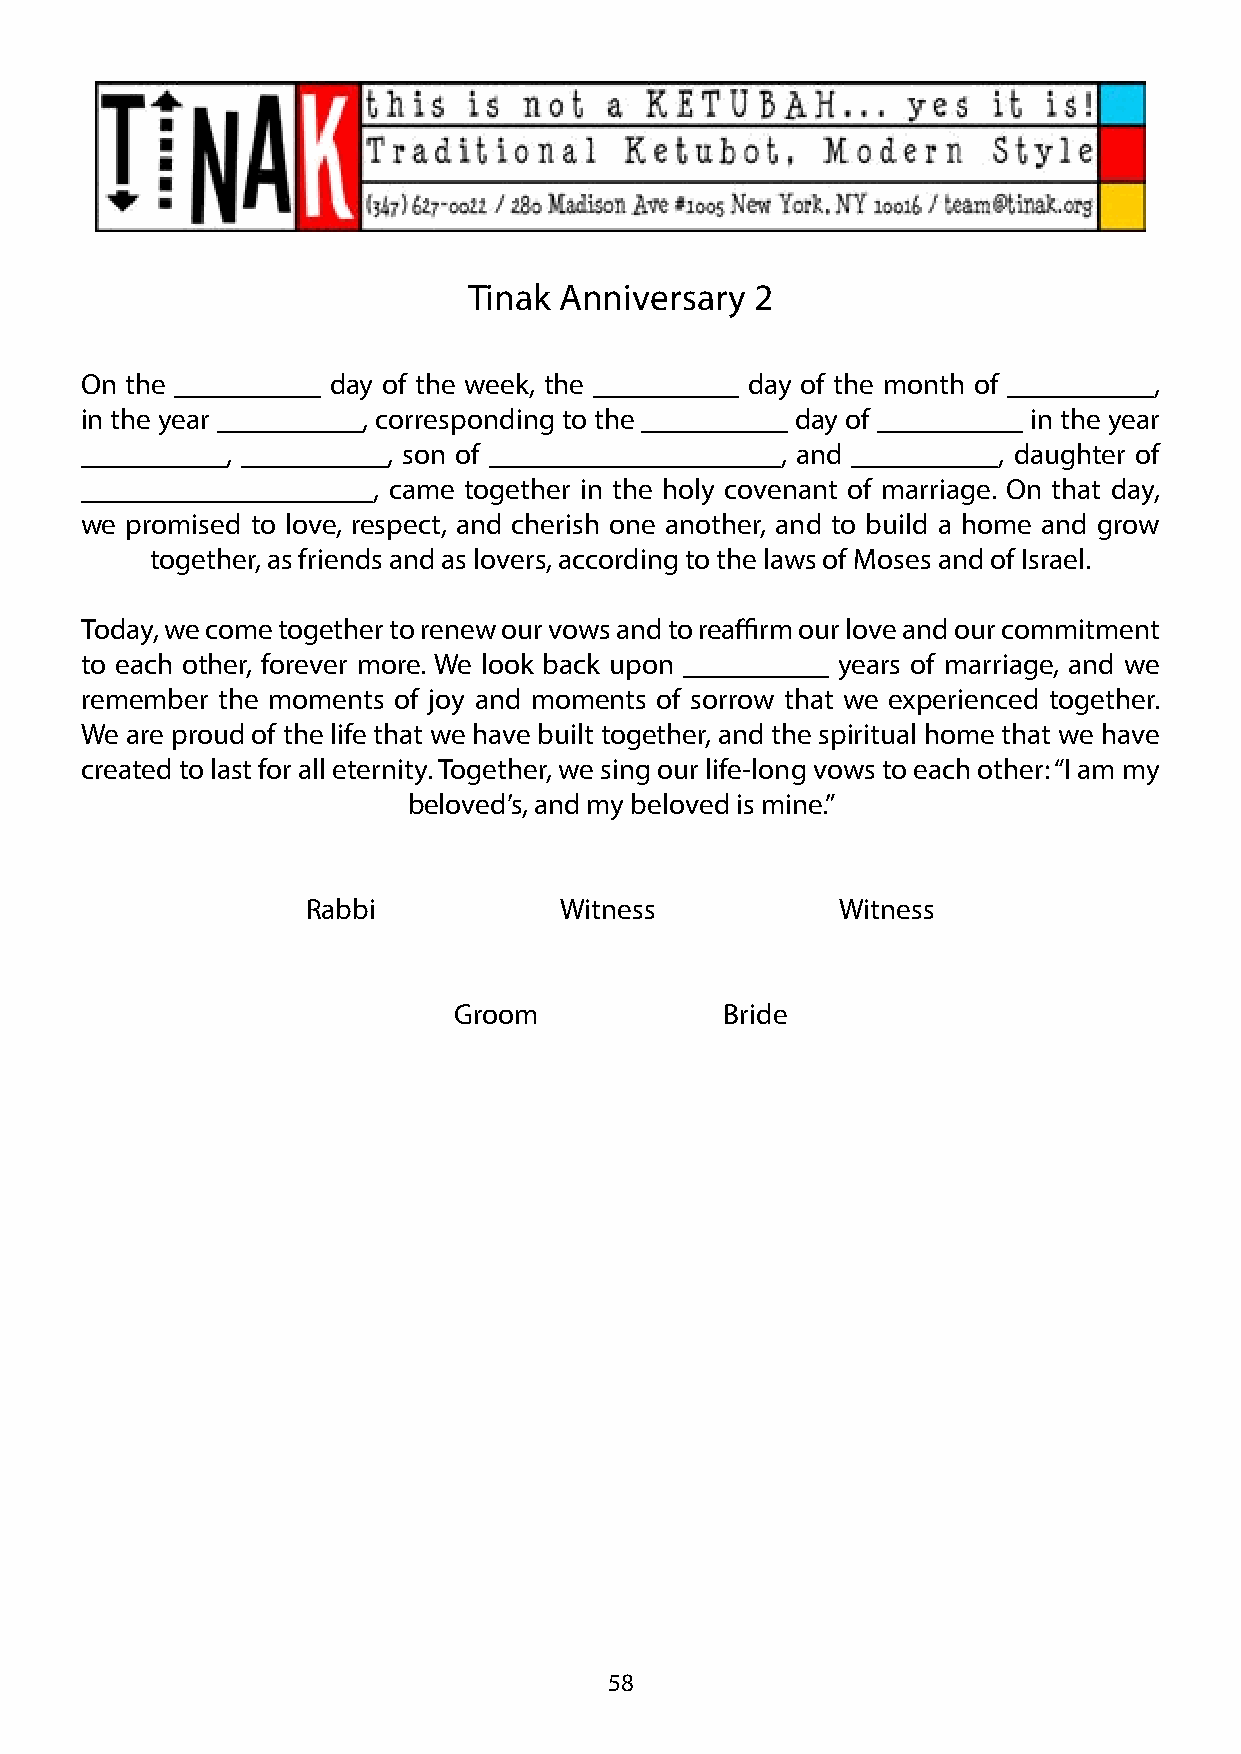
Tinak Anniversary  2
 On the __________ day of the week, the __________ day of the month of __________,
 in the year __________, corresponding to the __________ day of __________ in the year
 __________, __________, son of ____________________, and __________, daughter of
 ____________________, came together in the holy covenant of marriage. On that day,
 we promised to love, respect, and cherish one another, and to build a home and grow
 together, as friends and as lovers, according to the laws of Moses and of Israel.
 Today, we come together to renew our vows and to reaffirm our love and our commitment
 to each other, forever more. We look back upon __________ years of marriage, and we
 remember the moments of joy and moments of sorrow that we experienced together.
 We are proud of the life that we have built together, and the spiritual home that we have
 created to last for all eternity. Together, we sing our life-long vows to each other: “I am my
 beloved’s, and my beloved is mine.”
 Rabbi            Witness            Witness
 Groom             Bride
 58